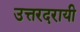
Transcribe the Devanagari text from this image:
उत्तरदरायी